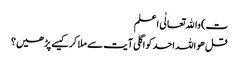
ت) واﷲ تعالٰی اعلم
قل ھو اللہ احد کو اگلی آیت سے ملا کر کیسے پڑھیں؟